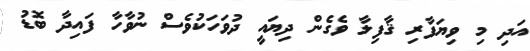
އަދި މި ވިޔަފާރި ޤާފިލާ ވެގެން ދިޔައީ ދުވަހަކުވެސް ނުވާހާ ފައިދާ ބޮޑު